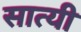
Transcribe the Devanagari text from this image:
सात्यी